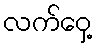
လက်ဝှေ့